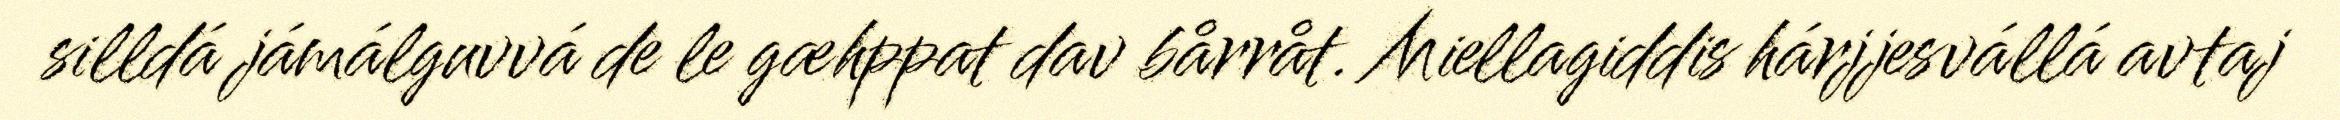
silldá jámálguvvá de le gæhppat dav bårråt. Miellagiddis hárjjesvállá avtaj